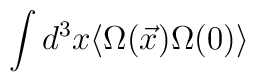
\int d^3x \langle \Omega(\vec{x})\Omega(0)\rangle